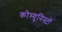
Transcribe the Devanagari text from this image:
कोम्युनिस्टों